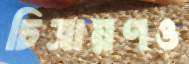
চিত্রায়ণও